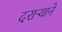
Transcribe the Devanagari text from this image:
दराऱ्याने